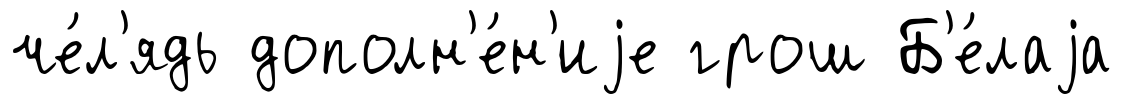
че́л'ядь дополн'е́н'иjе грош Б'е́лаjа